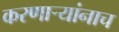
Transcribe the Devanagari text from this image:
करणाऱ्यांनाच